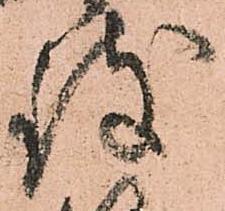
致